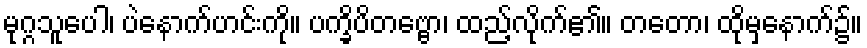
မုဂ္ဂသူပေါ၊ ပဲနောက်ဟင်းကို။ ပက္ခိပိတဗ္ဗော၊ ထည့်လိုက်၏။ တတော၊ ထိုမှနောက်၌။